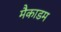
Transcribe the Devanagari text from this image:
मैकाडम